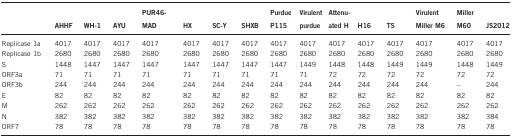
<table><thead><tr><td><b> </b></td><td><b>AHHF</b></td><td><b>WH-1</b></td><td><b>AYU</b></td><td><b>PUR46-MAD</b></td><td><b>HX</b></td><td><b>SC-Y</b></td><td><b>SHXB</b></td><td><b>Purdue P115</b></td><td><b>Virulent purdue</b></td><td><b>Attenuated H</b></td><td><b>H16</b></td><td><b>TS</b></td><td><b>Virulent Miller M6</b></td><td><b>Miller M60</b></td><td><b>JS2012</b></td></tr></thead><tbody><tr><td>Replicase 1a</td><td>4017</td><td>4017</td><td>4017</td><td>4017</td><td>4017</td><td>4017</td><td>4017</td><td>4017</td><td>4017</td><td>4017</td><td>4017</td><td>4017</td><td>4017</td><td>4017</td><td>4017</td></tr><tr><td>Replicase 1b</td><td>2680</td><td>2680</td><td>2680</td><td>2680</td><td>2680</td><td>2680</td><td>2680</td><td>2680</td><td>2680</td><td>2680</td><td>2680</td><td>2680</td><td>2680</td><td>2680</td><td>2680</td></tr><tr><td>S</td><td>1448</td><td>1447</td><td>1447</td><td>1447</td><td>1447</td><td>1447</td><td>1447</td><td>1447</td><td>1449</td><td>1448</td><td>1448</td><td>1449</td><td>1449</td><td>1448</td><td>1449</td></tr><tr><td>ORF3a</td><td>71</td><td>71</td><td>71</td><td>71</td><td>71</td><td>71</td><td>71</td><td>71</td><td>71</td><td>72</td><td>72</td><td>72</td><td>72</td><td>72</td><td>72</td></tr><tr><td>ORF3b</td><td>244</td><td>244</td><td>244</td><td>244</td><td>244</td><td>244</td><td>244</td><td>244</td><td>244</td><td>244</td><td>244</td><td>244</td><td>244</td><td>–</td><td>244</td></tr><tr><td>E</td><td>82</td><td>82</td><td>82</td><td>82</td><td>82</td><td>82</td><td>82</td><td>82</td><td>82</td><td>82</td><td>82</td><td>82</td><td>82</td><td>82</td><td>82</td></tr><tr><td>M</td><td>262</td><td>262</td><td>262</td><td>262</td><td>262</td><td>262</td><td>262</td><td>262</td><td>262</td><td>262</td><td>262</td><td>262</td><td>262</td><td>262</td><td>262</td></tr><tr><td>N</td><td>382</td><td>382</td><td>382</td><td>382</td><td>382</td><td>382</td><td>382</td><td>382</td><td>382</td><td>382</td><td>382</td><td>382</td><td>382</td><td>382</td><td>384</td></tr><tr><td>ORF7</td><td>78</td><td>78</td><td>78</td><td>78</td><td>78</td><td>78</td><td>78</td><td>78</td><td>78</td><td>78</td><td>78</td><td>78</td><td>78</td><td>78</td><td>78</td></tr></tbody></table>